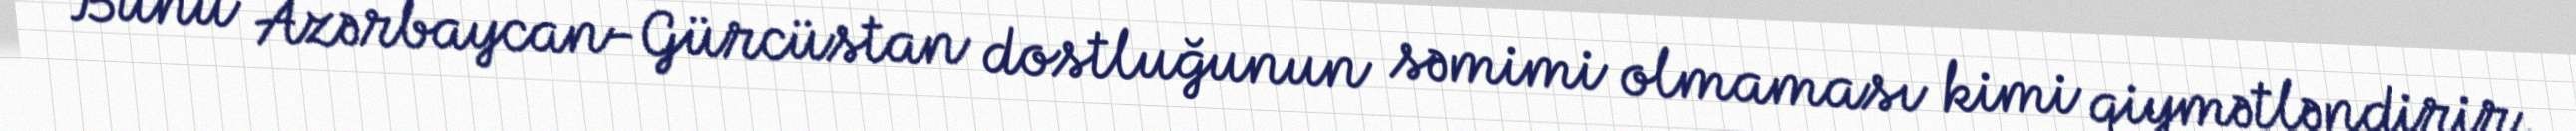
Bunu Azərbaycan-Gürcüstan dostluğunun səmimi olmaması kimi qiymətləndirir,